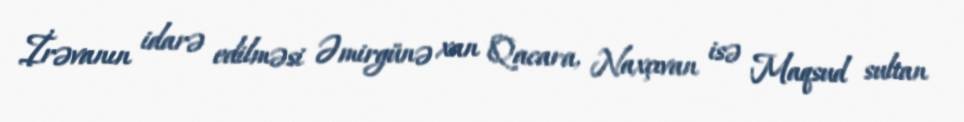
İrəvanın idarə edilməsi Əmirgünə xan Qacara, Naxçıvan isə Maqsud sultan